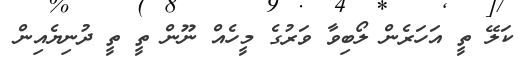
ކަލޭ ތީ އަހަރެން ލޯބިވާ ވަރުގެ މީހެއް ނޫން ތީ ތީ ދުނިޔެއިން